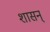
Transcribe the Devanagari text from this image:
शासन्